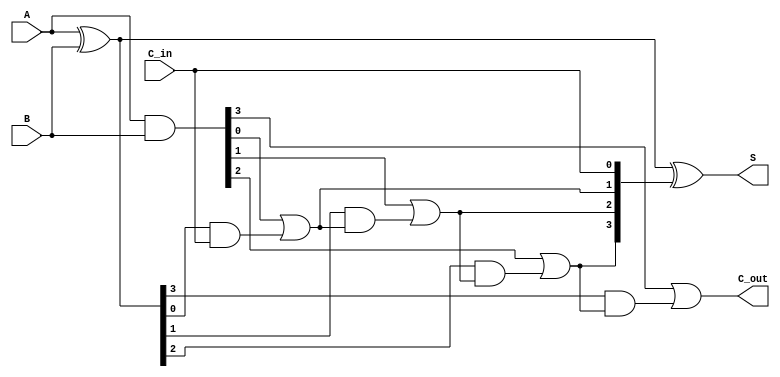
module LingAdder #(parameter n = 4) (
    input  wire [n-1:0] A,       // First n-bit input
    input  wire [n-1:0] B,       // Second n-bit input
    input  wire C_in,            // Input carry
    output wire [n-1:0] S,       // n-bit sum output
    output wire C_out            // Output carry
);

    wire [n-1:0] G;              // Carry Generate
    wire [n-1:0] P;              // Carry Propagate
    wire [n:0] C;                // Carry signals

    // Generate and Propagate signals
    assign G = A & B;            // Generate
    assign P = A ^ B;            // Propagate

    // Carry signals calculation
    assign C[0] = C_in;          // Initial carry input
    genvar i;
    generate
        for (i = 0; i < n; i = i + 1) begin : carry_logic
            assign C[i + 1] = G[i] | (P[i] & C[i]); // Carry out for each bit
        end
    endgenerate

    // Sum calculation
    assign S = P ^ C[n-1:0];     // Sum output

    // Final carry out
    assign C_out = C[n];         // Final carry out

endmodule